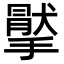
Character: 𢵤